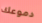
دموعك